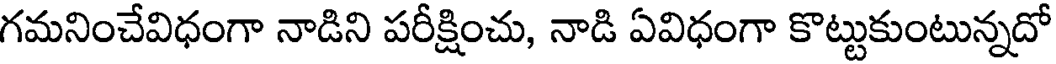
గమనించేవిధంగా నాడిని పరీక్షించు, నాడి ఏవిధంగా కొట్టుకుంటున్నదో